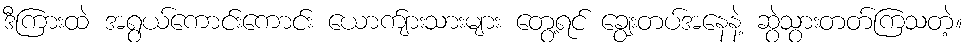
ဒီကြားထဲ အရွယ်ကောင်းကောင်း ယောက်ျားသားများ တွေ့ရင် ချွေးတပ်အနေနဲ့ ဆွဲသွားတတ်ကြသတဲ့။